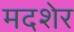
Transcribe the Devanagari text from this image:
मदशेर